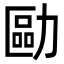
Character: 𠢔